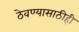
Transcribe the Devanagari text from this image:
ठेवण्यासाठीही